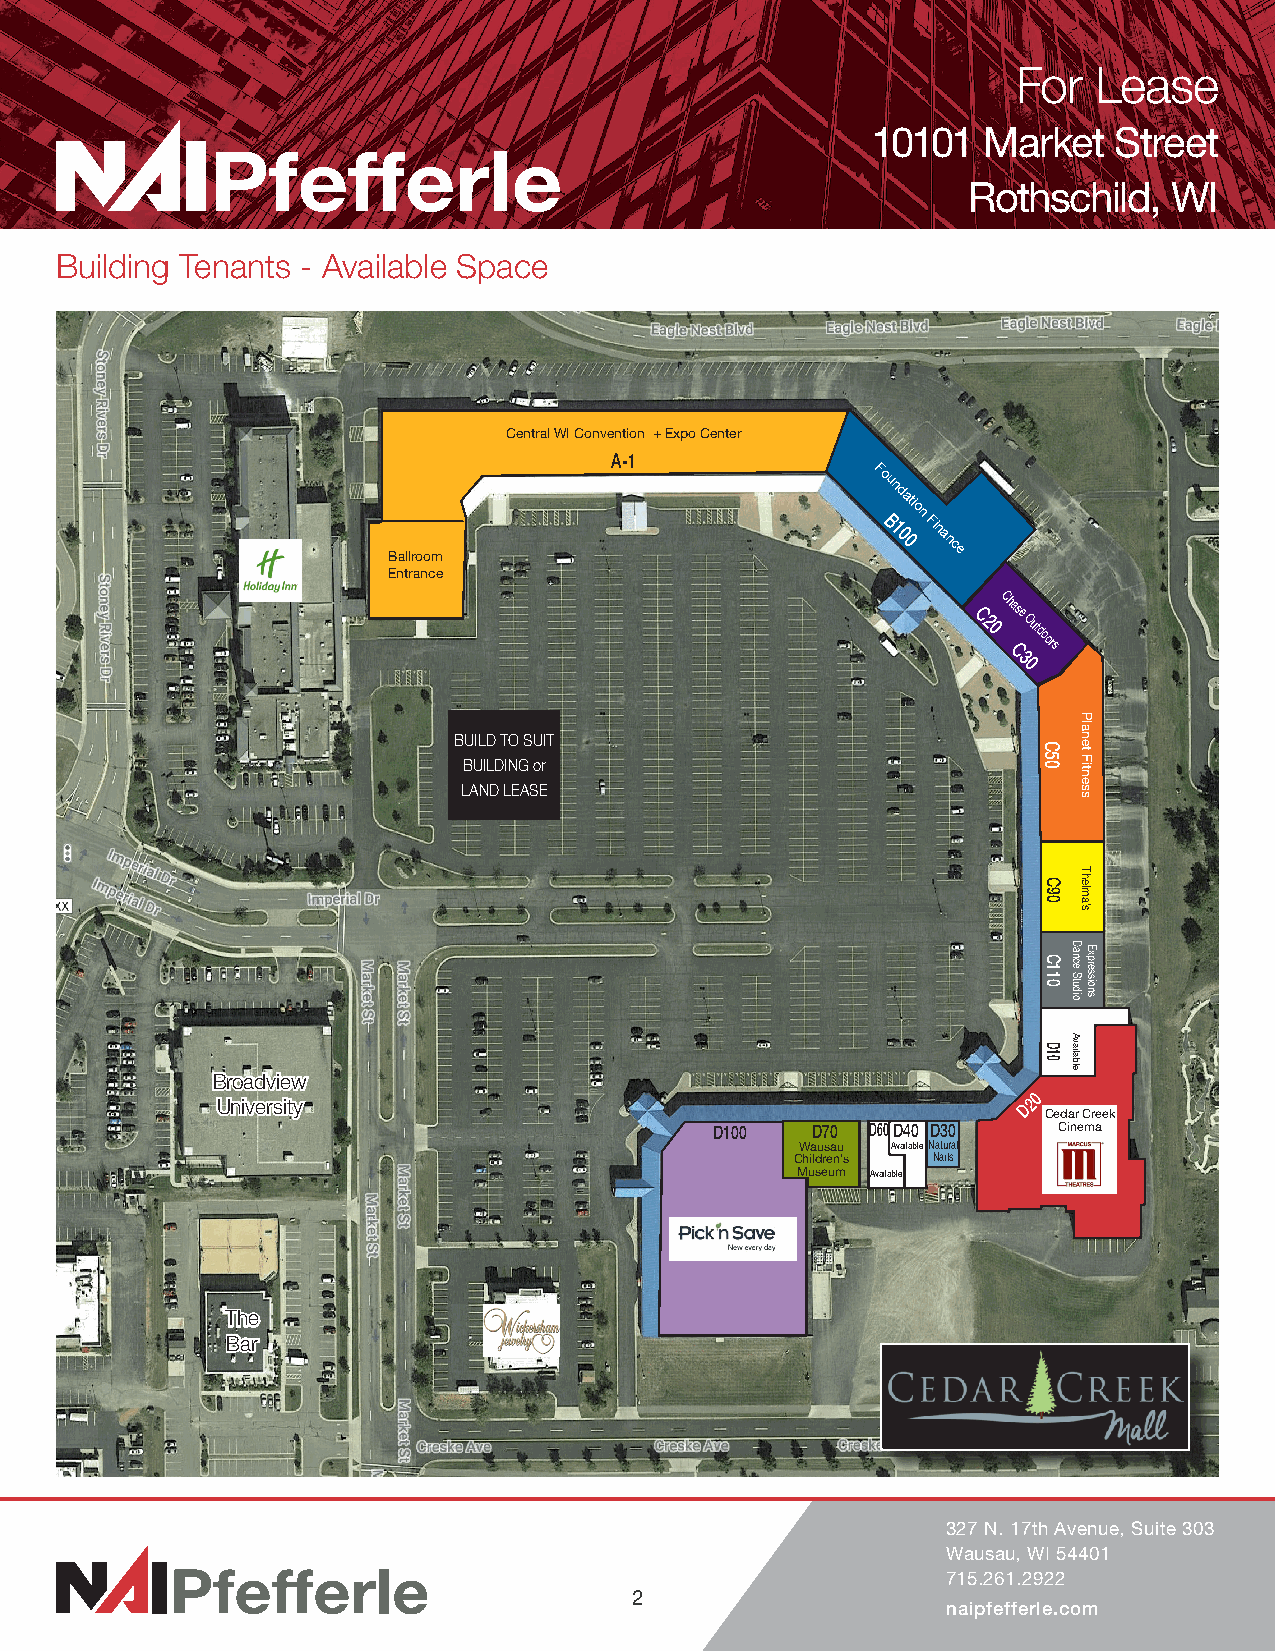
For  Lease
 10101  Market   Street
 Rothschild,   WI
 Building Tenants - Available Space
 Central WI Convention + Expo Center
 A-1
 Ballroom
 Fo
 Bu 1n 0d 0ation
 Finance
 Entrance
 C20Ch
 Cas
 3e
 0Outdoors
 BUILD TO SUIT
 BUILDING or
 LAND LEASE
 BBrrooaaddvviieeww
 UUnniivveerrssiittyy
 D20
 Cedar Creek
 D100   D70 D60D40 D30  Cinema
 Wausau AvailableNatural
 Children’s Nails
 Museum Available
 TThhee
 BBaarr
 327 N. 17th Avenue, Suite 303
 Wausau, WI 54401
 715.261.2922
 2
 naipfefferle.com
 C50
 C90
 C110
 D10
 Dance
 Studio
 Available
 Planet
 Fitness
 Thelma’s
 Expressions